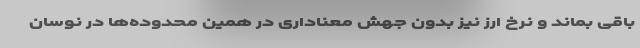
باقی بماند و نرخ ارز نیز بدون جهش معناداری در همین محدوده‌ها در نوسان